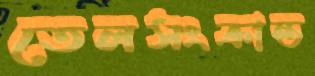
তেলসংক্রান্ত